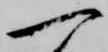
一